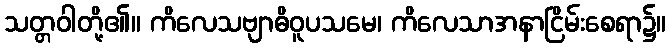
သတ္တဝါတို့၏။ ကိလေသဗျာဓိဝူပသမေ၊ ကိလေသာအနာငြိမ်းစေရာ၌။